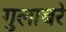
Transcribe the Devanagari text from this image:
गुलाबरे